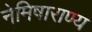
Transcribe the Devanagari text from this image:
नेमिषाराण्य